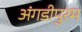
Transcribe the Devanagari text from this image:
अंगडीपुरम